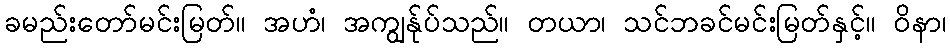
ခမည်းတော်မင်းမြတ်။ အဟံ၊ အကျွန်ုပ်သည်။ တယာ၊ သင်ဘခင်မင်းမြတ်နှင့်။ ဝိနာ၊